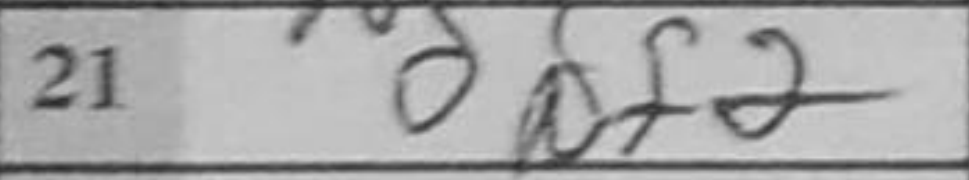
Transcription: Nf2